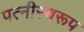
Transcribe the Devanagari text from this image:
पत्नीस्वरूप